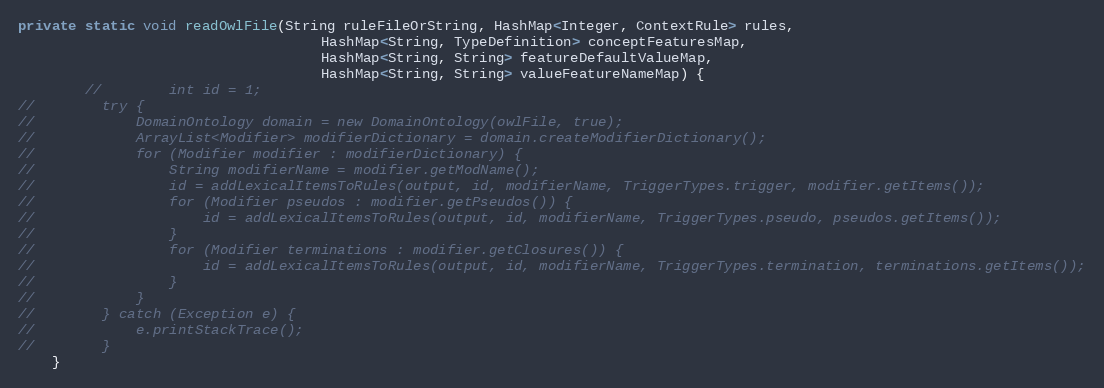
Language: Java
private static void readOwlFile(String ruleFileOrString, HashMap<Integer, ContextRule> rules,
                                    HashMap<String, TypeDefinition> conceptFeaturesMap,
                                    HashMap<String, String> featureDefaultValueMap,
                                    HashMap<String, String> valueFeatureNameMap) {
        //        int id = 1;
//        try {
//            DomainOntology domain = new DomainOntology(owlFile, true);
//            ArrayList<Modifier> modifierDictionary = domain.createModifierDictionary();
//            for (Modifier modifier : modifierDictionary) {
//                String modifierName = modifier.getModName();
//                id = addLexicalItemsToRules(output, id, modifierName, TriggerTypes.trigger, modifier.getItems());
//                for (Modifier pseudos : modifier.getPseudos()) {
//                    id = addLexicalItemsToRules(output, id, modifierName, TriggerTypes.pseudo, pseudos.getItems());
//                }
//                for (Modifier terminations : modifier.getClosures()) {
//                    id = addLexicalItemsToRules(output, id, modifierName, TriggerTypes.termination, terminations.getItems());
//                }
//            }
//        } catch (Exception e) {
//            e.printStackTrace();
//        }
    }